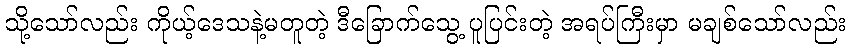
သို့သော်လည်း ကိုယ့်ဒေသနဲ့မတူတဲ့ ဒီခြောက်သွေ့ ပူပြင်းတဲ့ အရပ်ကြီးမှာ မချစ်သော်လည်း